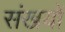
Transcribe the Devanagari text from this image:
संखयों